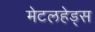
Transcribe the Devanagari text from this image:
मेटलहेड्स